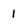
Character: 1